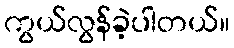
ကွယ်လွန်ခဲ့ပါတယ်။